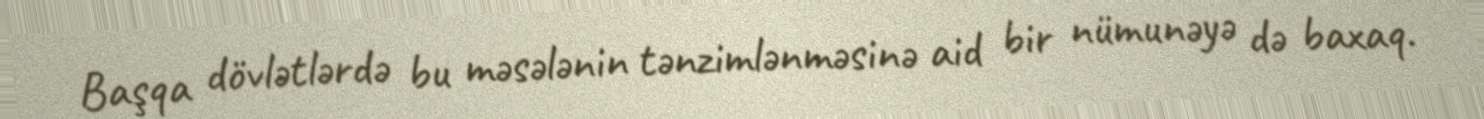
Başqa dövlətlərdə bu məsələnin tənzimlənməsinə aid bir nümunəyə də baxaq.